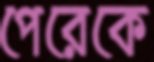
পেরেকে